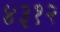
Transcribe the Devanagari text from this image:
४३१२